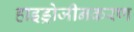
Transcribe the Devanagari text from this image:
हाइड्रोजीनकरण